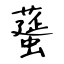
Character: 𦿸